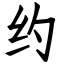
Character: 约